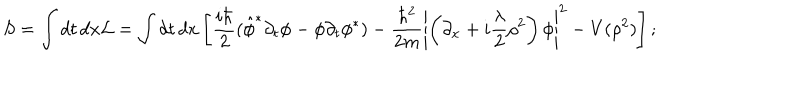
LaTeX: S = \int d t \, d x { \cal L } = \int d t \, d x \left[ \frac { i \hbar } { 2 } ( \hat { \phi } ^ { * } \partial _ { t } { \phi } - { \phi } \partial _ { t } { \phi } ^ { * } ) - \frac { \hbar ^ { 2 } } { 2 m } \left| \left( \partial _ { x } + i { \frac { \lambda } { 2 } } \rho ^ { 2 } \right) \phi \right| ^ { 2 } - V ( \rho ^ { 2 } ) \right] ;